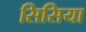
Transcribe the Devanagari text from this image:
सिसिया